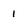
Character: 1